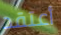
أعتقد